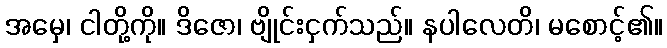
အမှေ၊ ငါတို့ကို။ ဒိဇော၊ ဗျိုင်းငှက်သည်။ နပါလေတိ၊ မစောင့်၏။